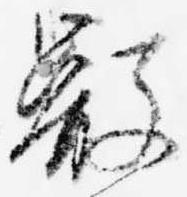
叡